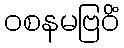
ဝစနမဗြဝိံ